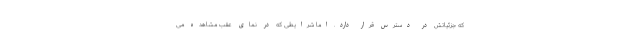
که جزئیاتش در دسترس قرار دارد. اما شرایطی که در نمای عقب مشاهده می